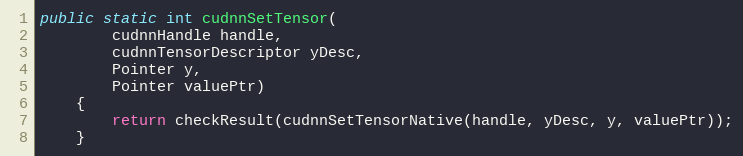
Language: Java
public static int cudnnSetTensor(
        cudnnHandle handle,
        cudnnTensorDescriptor yDesc,
        Pointer y,
        Pointer valuePtr)
    {
        return checkResult(cudnnSetTensorNative(handle, yDesc, y, valuePtr));
    }